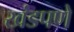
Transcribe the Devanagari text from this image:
खंडपणे